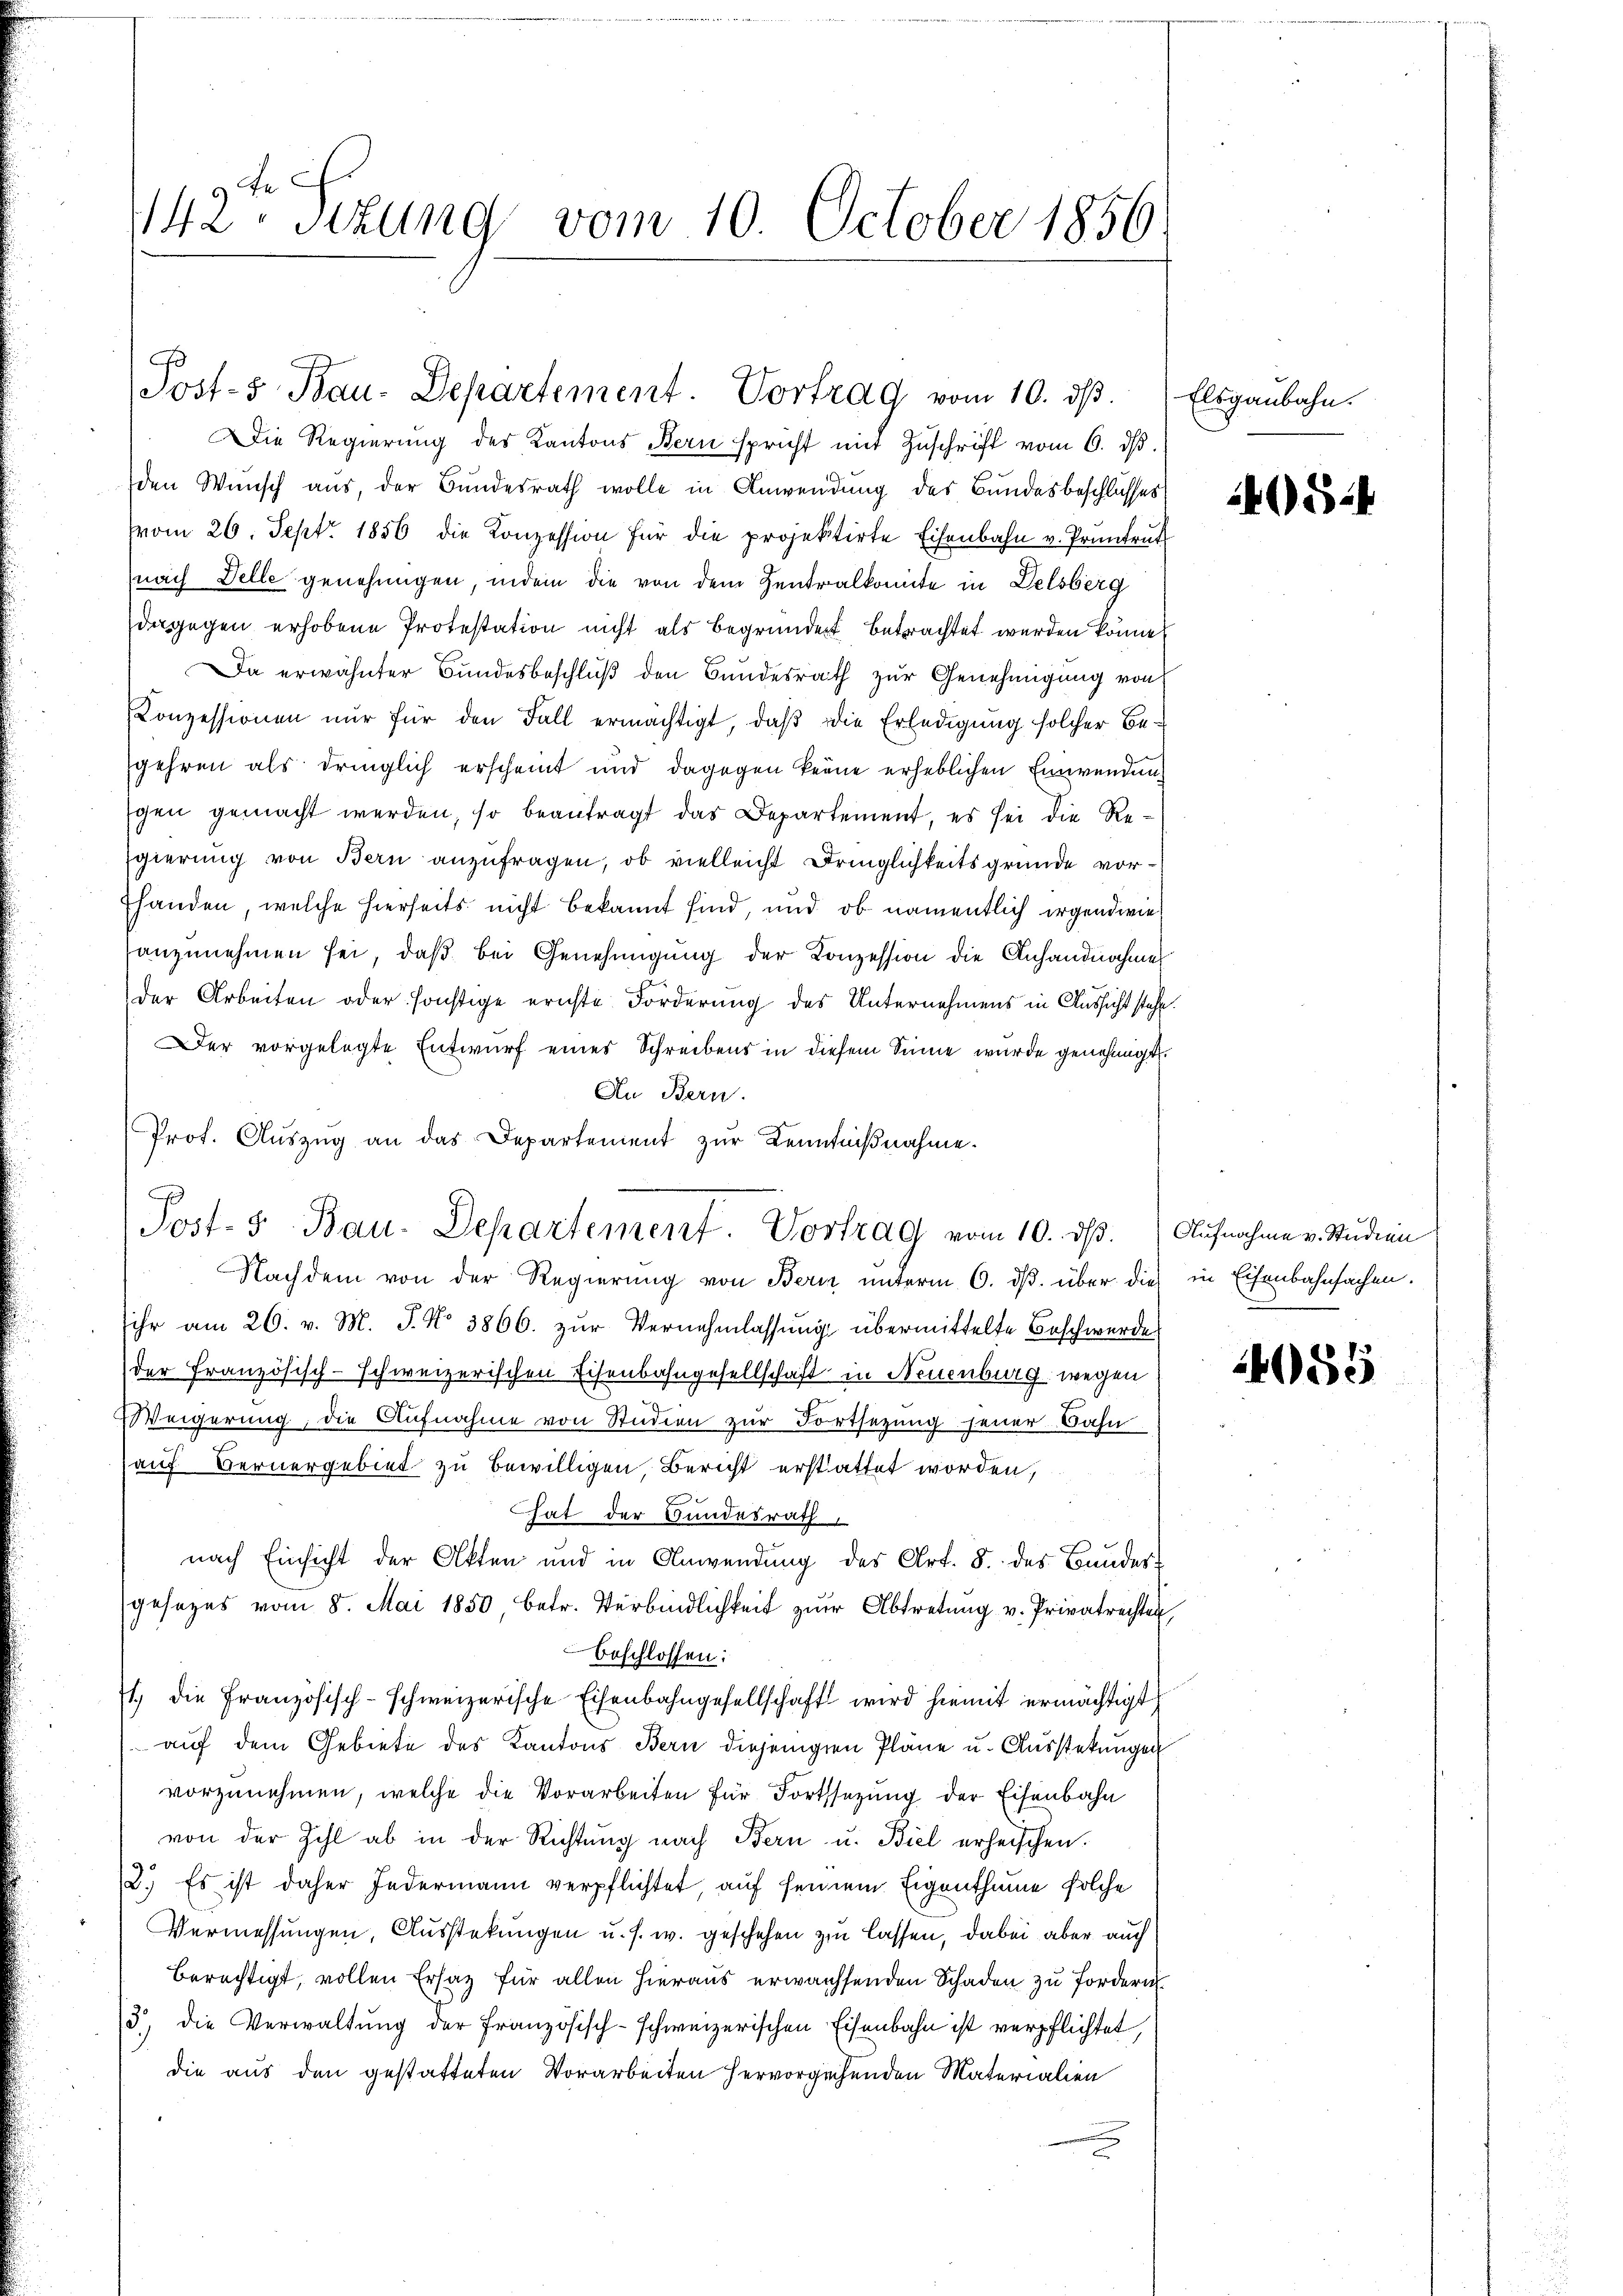
Die Regierung des Kantons Bern spricht mit Zuschrift vom 6. ds.
den Wunsch aus, der Bundesrath wolle in Anwendung des Bundesbeschlusses
vom 26. Sept. 1856 die Konzession für die projektirte Eisenbahn v. Pruntrut
nach Delle genehmigen, indem die von dem Zentralkomite in Delsberg
dagegen erhobene Protestation nicht als begründert betrachtet werden können
Da erwähnter Bundesbeschluß den Bundesrath zur Genehmigung von
Konzessionen nŭr für den Fall ermächtigt, daβ die Erledigung solcher Be-
gehren als dringlich erscheint und dagegen keine erheblichen Einwendung
gen gemacht werden, so beantragt das Departement, es sei die Regierung von Bern anzufragen, ob vielleicht Dringlichkeitsgründe vor¬
Ehanden, welche hierseits nicht bekannt sind, und ob namentlich irgendwie
anzunehmen sei, daß bei Genehmigung der Konzession die Anhandnahmes
der Arbeiten oder sonstige ernste Forderung des Unternehmens in Aussicht stehe.
Der vorgelegte Entwurf eines Schreibens in diesem Sinne wurde genehmigt.
An Bern.
Prof. Aŭszŭg an das Departement zur Kenntnißnahme.
Nachdem von der Regierung von Bern unterm 6. ds. über dies in Eisenbahnsachen.
sihr am 26. v. M. J. No 3866. zur Vernehmlassung übermittelte Beschwerde
der Französisch-schweizerischen Eisenbahngesellschaft in Neuenburg wegen
Weigerung, die Aufnahme von Studien zur Fortsetzung feuer Bahn
auf Bernergebiet zu bewilligen, Bericht erstattet worden,
That der Hundesrath
nach Einsicht der Akten und in Anwendung des Art. 8. des Bundesgesezes vom 8. Mai 1850, betr. Verbindlichkeit zur Abtretung v. Privatrechten
beschlossen:
1) die Französisch-schweizerische Eisenbahngesellschaft wird hiemit ermächtigt
auf dem Gebiete des Kantons Bern diejenigen Pläne u. Ausstekungen
vorzunehmen, welche die Vorarbeiten für Fortsezung der Eisenbahn
von der Zahl ab in der Richtŭng nach Bern u. Biel erheischen.
2.) Es ist daher Jedermann verpflichtet, auf seinem Eigenthume solche
Vermessungen, Ausstekungen u. s. w. geschehen zu lassen, dabei aber auch
berechtigt, vollen Ersatz für allen hieraus erwachsenden Schaden zu fordern
3) die Verwaltŭng der Französisch-schweizerischen Eisenbahn ist verpflichtet,
die aus den gestatteten Vorarbeiten hervorgehenden Materialien

142. Sitzung vom 10. October 1856.

Post- 5. Bau-Departement. Vortrag vom 10. ds.

Post- & Bau-Departement. Vortrag vom 10. ds. Aufnahme v. Studien

Elsgaubahn.

054

d

4055